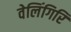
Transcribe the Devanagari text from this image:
वेलिंगिरि